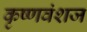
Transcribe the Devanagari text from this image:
कृष्‍णवंशज